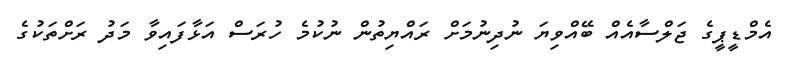
އެމްޑީޕީގެ ޖަލްސާއެއް ބޭއްވިޔަ ނުދިނުމަށް ރައްޔިތުން ނުކުމެ ހުރަސް އަޅާފައިވާ މަދު ރަށްތަކުގެ